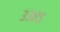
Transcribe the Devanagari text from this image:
३३८५